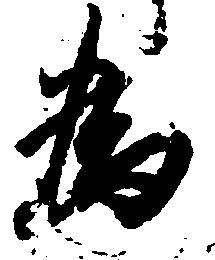
為